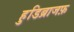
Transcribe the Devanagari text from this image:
हुडिब्राजफ़